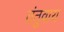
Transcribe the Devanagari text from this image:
तंतुवाय